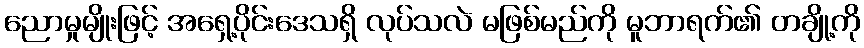
ညောမှုမျိုးဖြင့် အရှေ့ပိုင်းဒေသရှိ လုပ်သလဲ မဖြစ်မည်ကို မူဘာရက်၏ တချို့ကို